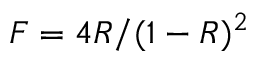
F = 4 R / ( 1 - R ) ^ { 2 }